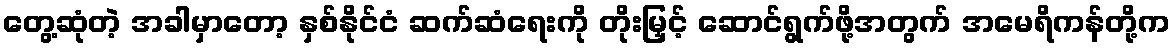
တွေ့ဆုံတဲ့ အခါမှာတော့ နှစ်နိုင်ငံ ဆက်ဆံရေးကို တိုးမြှင့် ဆောင်ရွက်ဖို့အတွက် အမေရိကန်တို့က